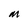
Character: M